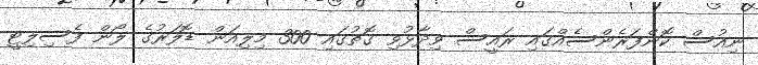
ނިއުސް ކޮންފަރެންސެއްގައި ރައީސް ވިދާޅުވި ގޮތުގައި 300 މިލިއަން ޑޮލަރުގެ ލޯން ފެސިލިޓީ